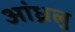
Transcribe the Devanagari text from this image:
आंध्रलु